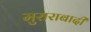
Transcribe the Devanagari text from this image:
मुराराबादी